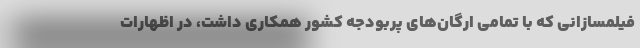
فیلمسازانی که با تمامی ارگان‌های پربودجه کشور همکاری داشت، در اظهارات